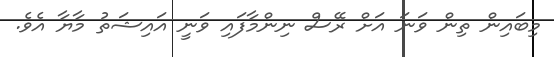
މިބައިން ތިން ވަނަ އަށް ރޭސް ނިންމާފައި ވަނީ އައިޝަތު މާޔާ އެވެ.